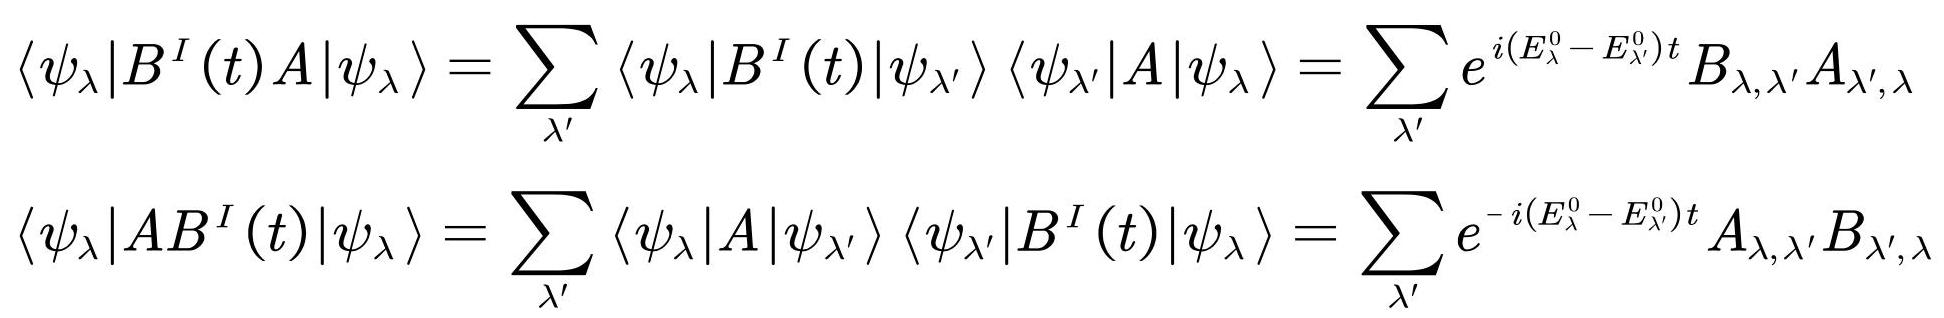
\[
\begin{align*}
\left\langle\psi_{\lambda}\left|B^{I}(t)A\right| \psi_{\lambda}\right\rangle&=\sum_{\lambda^{\prime}}\left\langle\psi_{\lambda}\left|B^{I}(t)\right| \psi_{\lambda^{\prime}}\right\rangle\left\langle\psi_{\lambda^{\prime}}|A| \psi_{\lambda}\right\rangle=\sum_{\lambda^{\prime}} e^{i\left(E_{\lambda}^{0}-E_{\lambda^{\prime}}^{0}\right) t} B_{\lambda, \lambda^{\prime}} A_{\lambda^{\prime}, \lambda}\\
\left\langle\psi_{\lambda}\left|A B^{I}(t)\right| \psi_{\lambda}\right\rangle&=\sum_{\lambda^{\prime}}\left\langle\psi_{\lambda}|A| \psi_{\lambda^{\prime}}\right\rangle\left\langle\psi_{\lambda^{\prime}}\left|B^{I}(t)\right| \psi_{\lambda}\right\rangle=\sum_{\lambda^{\prime}} e^{-i\left(E_{\lambda}^{0}-E_{\lambda^{\prime}}^{0}\right) t} A_{\lambda, \lambda^{\prime}} B_{\lambda^{\prime}, \lambda}
\end{align*}
\]